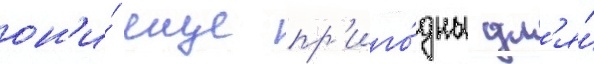
он'и́ еще пр'иго́дны дл'я́